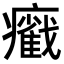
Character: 𤻵